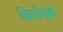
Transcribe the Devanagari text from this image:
किडीमुळे